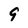
Character: 9